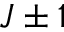
J \pm 1